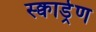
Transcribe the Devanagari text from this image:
स्क्वार्ड्रण